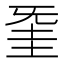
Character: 𣄱